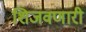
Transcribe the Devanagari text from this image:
शिजवणारी